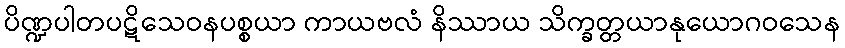
ပိဏ္ဍပါတပဋိသေဝနပစ္စယာ ကာယဗလံ နိဿာယ သိက္ခတ္တယာနုယောဂဝသေန